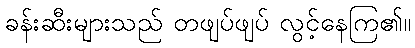
ခန်းဆီးများသည် တဖျပ်ဖျပ် လွင့်နေကြ၏။